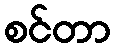
စင်တာ